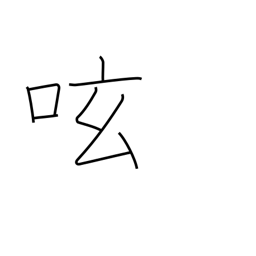
Meaning: mutter